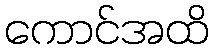
ကောင်အထိ